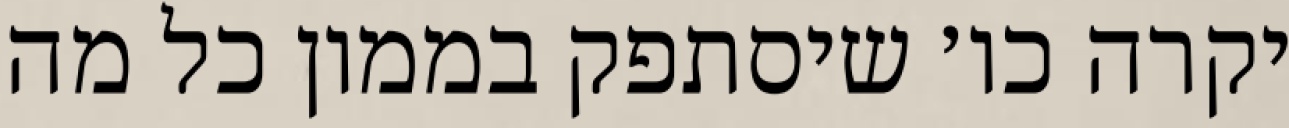
יקרה כו׳ שיסתפק בממון כל מה